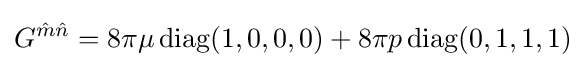
G^{{\hat {m}}{\hat {n}}}=8\pi \mu \operatorname {diag} (1,0,0,0)+8\pi p\operatorname {diag} (0,1,1,1)